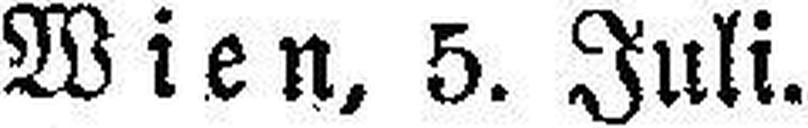
Wien, 5. Juli.